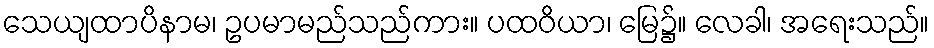
သေယျထာပိနာမ၊ ဥပမာမည်သည်ကား။ ပထဝိယာ၊ မြေ၌။ လေခါ၊ အရေးသည်။